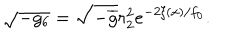
LaTeX: \sqrt { - g _ { 6 } } = \sqrt { - \overline { { { g } } } } r _ { 2 } ^ { 2 } e ^ { - 2 \xi ( x ) / f _ { 0 } } .